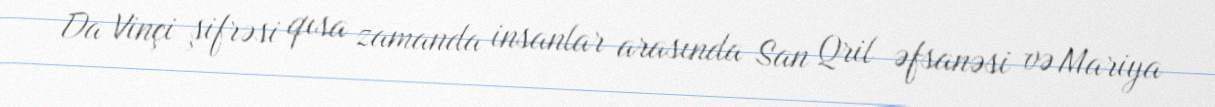
Da Vinçi şifrəsi qısa zamanda insanlar arasında San Qril əfsanəsi və Mariya